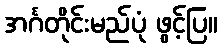
အင်္ဂတိုင်းမည်ပုံ ဖွင့်ပြ။